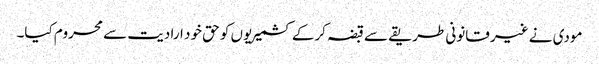
مودی نے غیر قانونی طریقے سے قبضہ کرکے کشمیریوں کو حق خود ارادیت سے محروم کیا۔